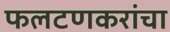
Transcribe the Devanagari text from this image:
फलटणकरांचा